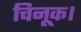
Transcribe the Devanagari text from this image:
चिनूक।